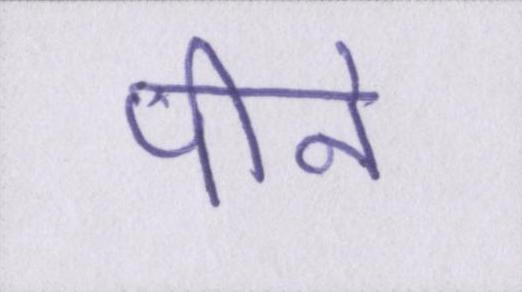
पीने